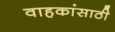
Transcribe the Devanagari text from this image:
वाहकांसाठी